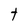
Character: t